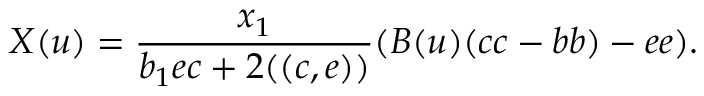
X ( u ) = \frac { x _ { 1 } } { b _ { 1 } e c + 2 ( ( c , e ) ) } ( B ( u ) ( c c - b b ) - e e ) .